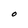
Character: O